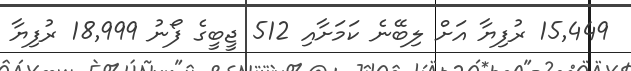
15